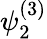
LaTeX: \psi_{2}^{(3)}